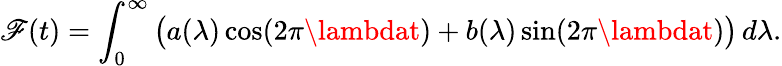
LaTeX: \mathscr{F}(t)=\int_{0}^{\infty}{\bigl(}a(\lambda)\cos(2\pi\lambdat)+b(\lambda)\sin(2\pi\lambdat){\bigr)}\, d\lambda.